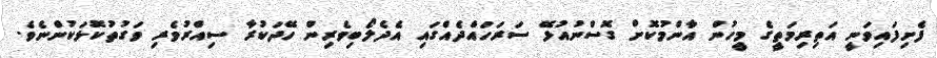
ފެށިފައިވަނީ އަތިރިމަތީގެ މީހުން އާންމުކޮށް ގޮސްނުއުޅޭ ސަރަހައްދެއްގައި އެދެލޯބިވެރިން ހޭދަކުރާ ސިއްރުވެރި ވަގުތުކޮޅަކުންނެވެ.